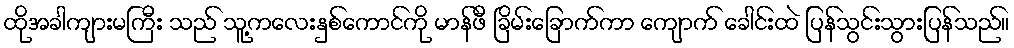
ထိုအခါကျားမကြီး သည် သူ့ကလေးနှစ်ကောင်ကို မာန်ဖီ ခြိမ်းခြောက်ကာ ကျောက် ခေါင်းထဲ ပြန်သွင်းသွားပြန်သည်။